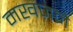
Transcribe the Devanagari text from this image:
मखज़ने